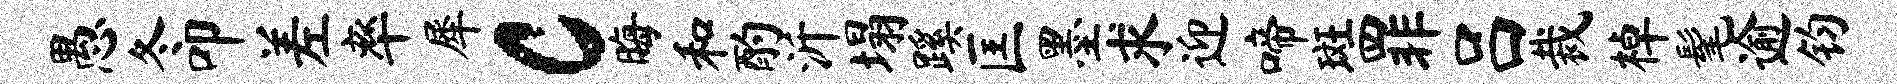
愚冬叩差率犀c晦和酌沂塌蹊匡墨求迎啼斑罪吕裁棹髦逾钧